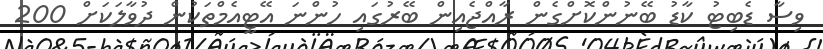
ވިސާ ޑެބިޓު ކާޑު ބޭނުންކޮށްގެން ރާއްޖެއިން ބޭރުގައި ހުންނަ އޭޓީއެމްތަކުން ދުވާލަކަށް 200